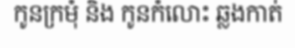
កូនក្រមុំ និង កូនកំលោះ ឆ្លងកាត់